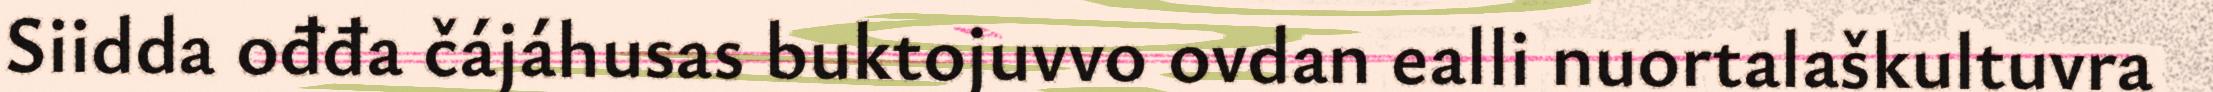
Siidda ođđa čájáhusas buktojuvvo ovdan ealli nuortalaškultuvra